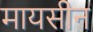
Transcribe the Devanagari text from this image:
मायसीन